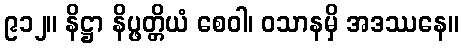
၉၁၂။ နိဋ္ဌာ နိပ္ဖတ္တိယံ စေဝါ၊ ဝသာနမှိ အဒဿနေ။